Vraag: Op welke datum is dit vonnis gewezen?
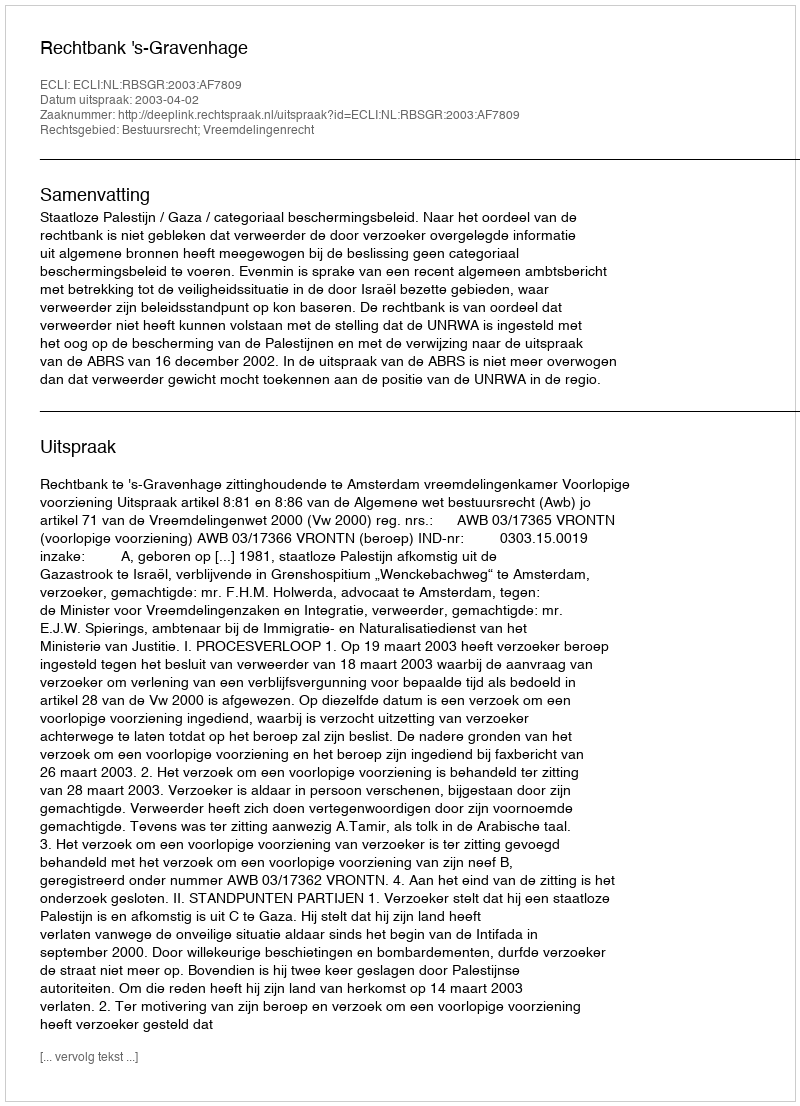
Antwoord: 2003-04-02